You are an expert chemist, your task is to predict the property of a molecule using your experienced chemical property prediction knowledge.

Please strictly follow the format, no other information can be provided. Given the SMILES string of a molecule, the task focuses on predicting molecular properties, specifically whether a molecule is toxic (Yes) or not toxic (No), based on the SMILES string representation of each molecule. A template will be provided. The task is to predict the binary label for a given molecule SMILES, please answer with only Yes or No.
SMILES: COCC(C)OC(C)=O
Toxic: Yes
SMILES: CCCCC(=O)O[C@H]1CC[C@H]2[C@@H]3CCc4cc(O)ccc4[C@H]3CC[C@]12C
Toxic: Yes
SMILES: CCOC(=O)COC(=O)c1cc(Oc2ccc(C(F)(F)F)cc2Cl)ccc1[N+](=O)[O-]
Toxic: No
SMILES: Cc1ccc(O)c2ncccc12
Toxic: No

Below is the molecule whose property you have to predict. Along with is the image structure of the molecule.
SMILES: CCCCCCCCCCCBr
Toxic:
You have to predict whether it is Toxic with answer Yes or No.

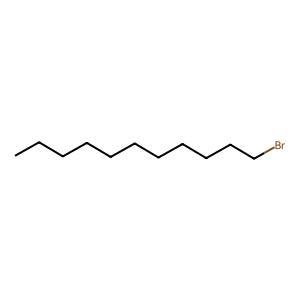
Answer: No